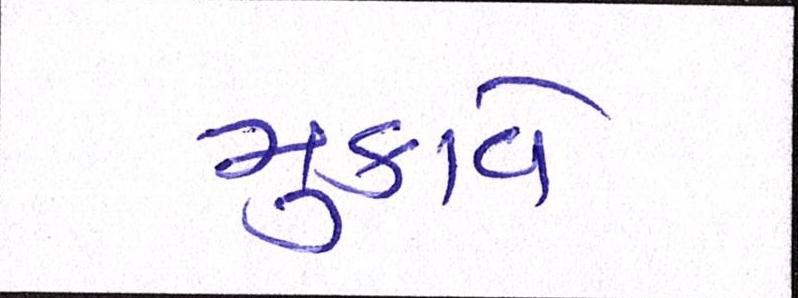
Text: મુકાવે